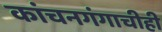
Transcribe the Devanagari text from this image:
कांचनगंगाचीही